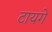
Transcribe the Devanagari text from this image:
टायगे